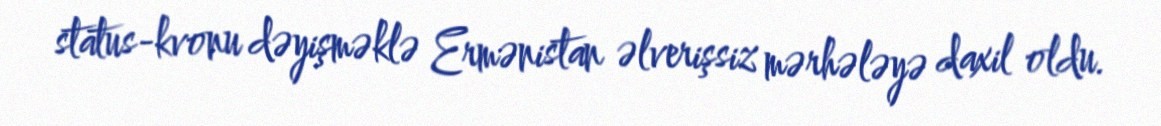
status-kvonu dəyişməklə Ermənistan əlverişsiz mərhələyə daxil oldu.